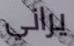
يراني